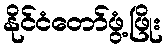
နိုင်ငံတော်ဖွံ့ဖြိုး